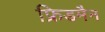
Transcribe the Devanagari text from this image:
फ्रिडमैन